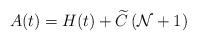
LaTeX: \begin{align*}A(t) = H(t) + \widetilde{C} \left( \mathcal{N} + 1 \right)\end{align*}